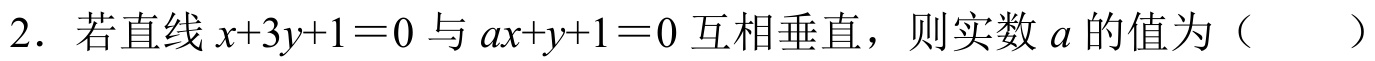
2. 若直线\(x + 3y+1 = 0\)与\(ax + y + 1 = 0\)互相垂直，则实数\(a\)的值为（  ）